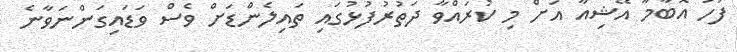
ފަހު އޮބާމާ އޭޝިއާ އަށް މި ކުރައްވާ ދަތުރުފުޅުގައި ތައިލެންޑަށް ވެސް ވަޑައިގަންނަވާނެ